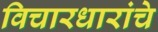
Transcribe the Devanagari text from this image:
विचारधारांचे